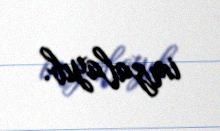
imzalayıb.